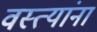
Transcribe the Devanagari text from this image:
वस्त्यांना